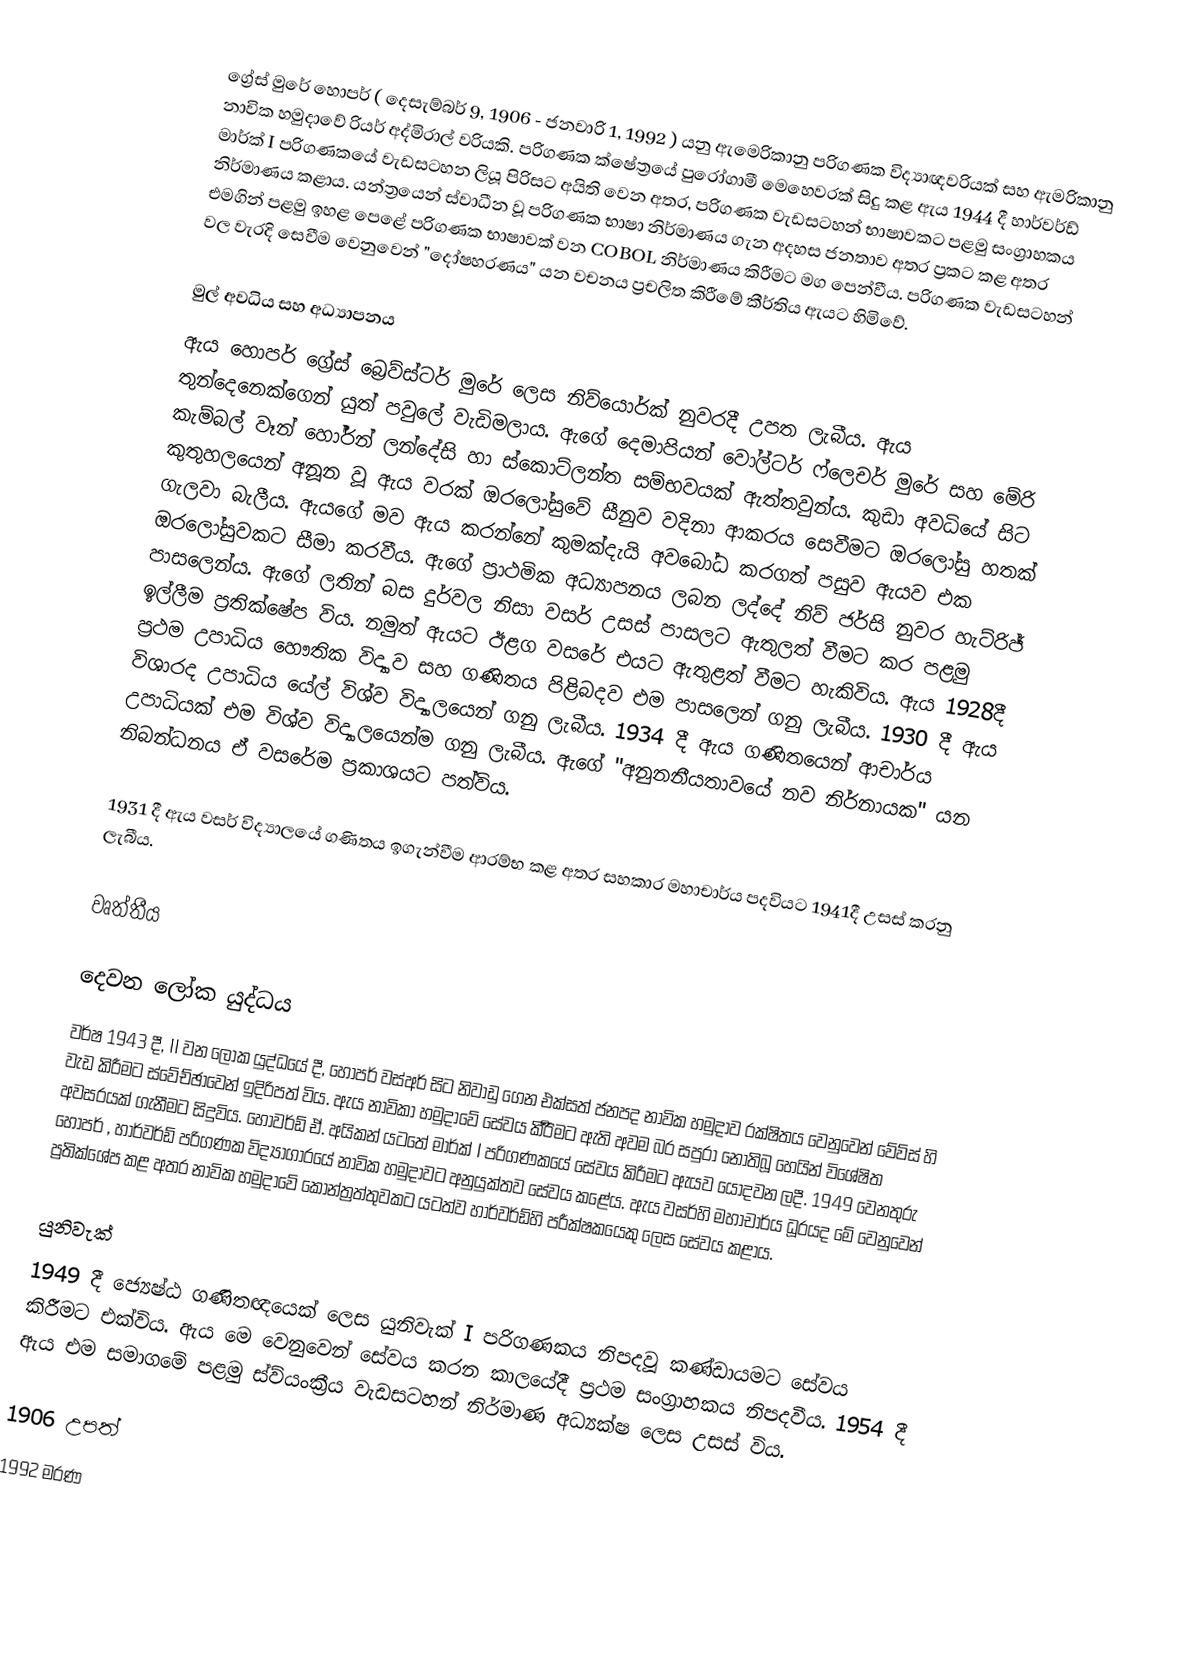
ග්‍රේස් මුරේ හොපර්  ( දෙසැම්බර් 9, 1906 - ජනවාරි 1, 1992 ) යනු ඇමෙරිකානු පරිගණක විද්‍යාඥවරියක් සහ ඇමරිකානු නාවික හමුදාවේ රියර් අද්මිරාල් වරියකි. පරිගණක ක්ෂේත්‍රයේ පුරෝගාමී මෙහෙවරක් සිදු කළ ඇය 1944 දී හාර්වර්ඩ් මාර්ක් I පරිගණකයේ වැඩසටහන ලියූ පිරිසට අයිති වෙන අතර, පරිගණක වැඩසටහන් භාෂාවකට පළමු සංග්‍රාහකය නිර්මාණය කළාය. යන්ත්‍රයෙන් ස්වාධීන වූ පරිගණක භාෂා නිර්මාණය ගැන අදහස ජනතාව අතර ප්‍රකට කළ අතර එමගින් පළමු ඉහළ පෙළේ පරිගණක භාෂාවක් වන COBOL නිර්මාණය කිරීමට මග පෙන්වීය. පරිගණක වැඩසටහන් වල වැරදි සෙවීම වෙනුවෙන් "දෝෂහරණය" යන වචනය ප්‍රචලිත කිරීමේ කීර්තිය ඇයට හිමිවේ.

මුල් අවධිය සහ අධ්‍යාපනය
ඇය හොපර් ග්‍රේස් බ්‍රෙව්ස්ටර් මුරේ ලෙස නිව්යොර්ක් නුවරදී උපත ලැබීය. ඇය තුන්දෙනෙක්ගෙන් යුත් පවුලේ වැඩිමලාය. ඇගේ දෙමාපියන් වෝල්ටර් ෆ්ලෙචර් මුරේ සහ මේරි කැම්බල් වෑන් හෝර්න් ලන්දේසි හා ස්කොට්ලන්ත සම්භවයක් ඇත්තවුන්ය. කුඩා අවධියේ සිට කුතුහලයෙන් අනූන වූ ඇය වරක් ඔරලෝසුවේ සීනුව වදිනා ආකරය සෙවීමට ඔරලෝසු හතක් ගැලවා බැලීය. ඇයගේ මව ඇය කරන්නේ කුමක්දැයි අවබෝධ කරගත් පසුව ඇයව එක ඔරලෝසුවකට සීමා කරවීය. ඇගේ ප්‍රාථමික අධ්‍යාපනය ලබන ලද්දේ නිව් ජර්සි නුවර හැට්රිජ් පාසලෙන්ය. ඇගේ ලතින් බස දුර්වල නිසා වසර් උසස් පාසලට ඇතුලත් වීමට කර පළමු ඉල්ලීම ප්‍රතික්ෂේප විය. නමුත් ඇයට ඊළග වසරේ එයට ඇතුළත් වීමට හැකිවිය. ඇය 1928දී ප්‍රථම උපාධිය හෞතික විද්‍යාව සහ ගණිතය පිළිබදව එම පාසලෙන් ගනු ලැබීය. 1930 දී ඇය විශාරද උපාධිය යේල් විශ්ව විද්‍යාලයෙන් ගනු ලැබීය. 1934 දී ඇය ගණිතයෙන් ආචාර්ය උපාධියක් එම විශ්ව විද්‍යාලයෙන්ම ගනු ලැබීය. ඇගේ "අනුනනීයතාවයේ නව නිර්නායක" යන නිබන්ධනය ඒ වසරේම ප්‍රකාශයට පත්විය.

1931 දී ඇය වසර් විද්‍යාලයේ ගණිතය ඉගැන්වීම ආරම්භ කළ අතර සහකාර මහාචාර්ය පදවියට 1941දී උසස් කරනු ලැබීය.

වෘත්තීය

දෙවන ලෝක යුද්ධය
වර්ෂ 1943 දී, II වන ලෝක යුද්ධයේ දී, හොපර් වස්‍අර් සිට නිවාඩු ගෙන එක්සත් ජනපද නාවික හමුදාව රක්ෂිතය වෙනුවෙන් වේව්ස් හි වැඩ කිරීමට ස්වේච්ඡාවෙන් ඉදිරිපත් විය. ඇය නාවිකා හමුදාවේ සේවය කිර්‍රිමට ඇති අවම බර සපුරා නොතිබූ හෙයින් විශේෂිත අවසරයක් ගැනීමට සිදුවිය. හොවර්ඩ් ඒ. අයිකන් යටතේ මාර්ක් I පරිගණකයේ සේවය කිරීමට ඇයව යොදවන ලදී. 1949 වෙනතුරු හොපර් , හාර්වර්ඩ් පරිගණක විද්‍යාගාරයේ නාවික හමුදාවට අනුයුක්තව සේවය කළේය. ඇය වසර්හි මහාචාර්ය ධූරයද මේ වෙනුවෙන් ප්‍රතික්ශේප කළ අතර නාවික හමුදාවේ කොන්ත්‍රත්තුවකට යටත්ව හාර්වර්ඩ්හි පරීක්ෂකයෙකු ලෙස සේවය කළාය.

යුනිවැක්
1949 දී ජ්‍යෙෂ්ඨ ගණිතඥයෙක් ලෙස යුනිවැක් I පරිගණකය නිපදවූ කණ්ඩායමට සේවය කිරීමට එක්විය. ඇය මෙ වෙනුවෙන් සේවය කරන කාලයේදී ප්‍රථම සංග්‍රාහකය නිපදවීය. 1954 දී ඇය එම සමාගමේ පළමු ස්ව්යංක්‍රීය වැඩසටහන් නිර්මාණ අධ්‍යක්ෂ ලෙස උසස් විය.

1906 උපත්
1992 මරණ